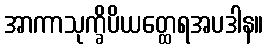
အာကာသုက္ခိပိယတ္ထေရအပဒါန။